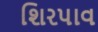
શિરપાવ